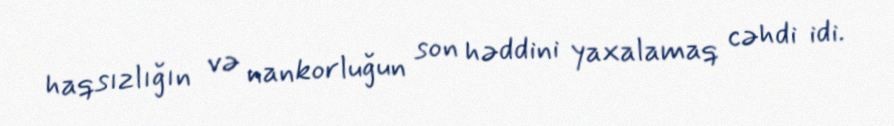
haqsızlığın və nankorluğun son həddini yaxalamaq cəhdi idi.